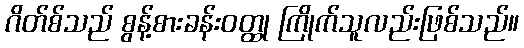
ဂိတ်စ်သည် စွန့်စားခန်းဝတ္ထု ကြိုက်သူလည်းဖြစ်သည်။